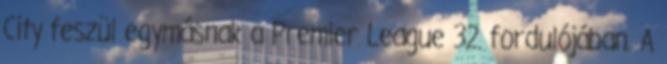
City feszül egymásnak a Premier League 32. fordulójában. A